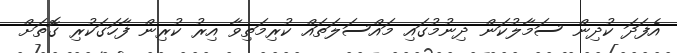
އެފަދަ ކުދިން ސަމާލުކަން ދިނުމުގައި މައްސަލަތައް ކުރިމަތިވާ އިރު ކުރިން ފާހަގަކުރި ގޮތަށް